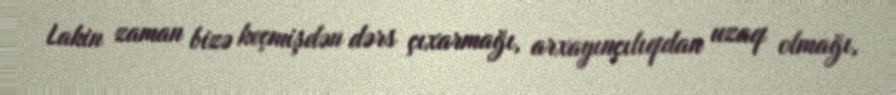
Lakin zaman bizə keçmişdən dərs çıxarmağı, arxayınçılıqdan uzaq olmağı,